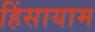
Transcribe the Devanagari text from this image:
हिंसायाम